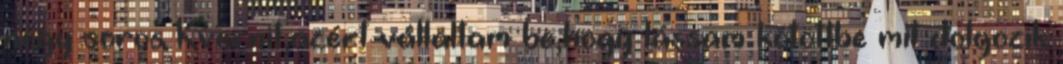
négy soros Kvernit,azért vállaltam be,hogy lássam kötöttbe mit dolgozik